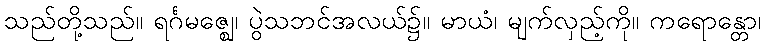
သည်တို့သည်။ ရင်္ဂမဇ္ဈေ၊ ပွဲသဘင်အလယ်၌။ မာယံ၊ မျက်လှည့်ကို။ ကရောန္တော၊